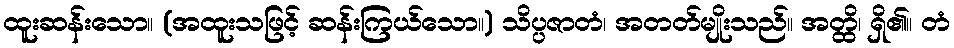
ထူးဆန်းသော။ (အထူးသဖြင့် ဆန်းကြယ်သော။) သိပ္ပဇာတံ၊ အတတ်မျိုးသည်။ အတ္ထိ၊ ရှိ၏။ တံ